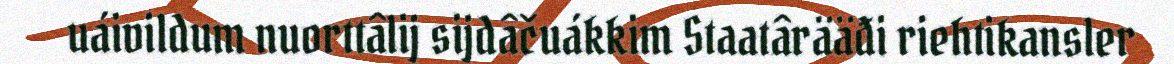
uáivildum nuorttâlij sijdâčuákkim Staatârääđi riehtikansler